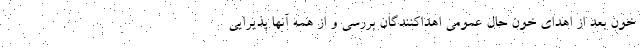
خون بعد از اهدای خون حال عمومی اهداکنندگان بررسی و از همه آنها پذیرایی